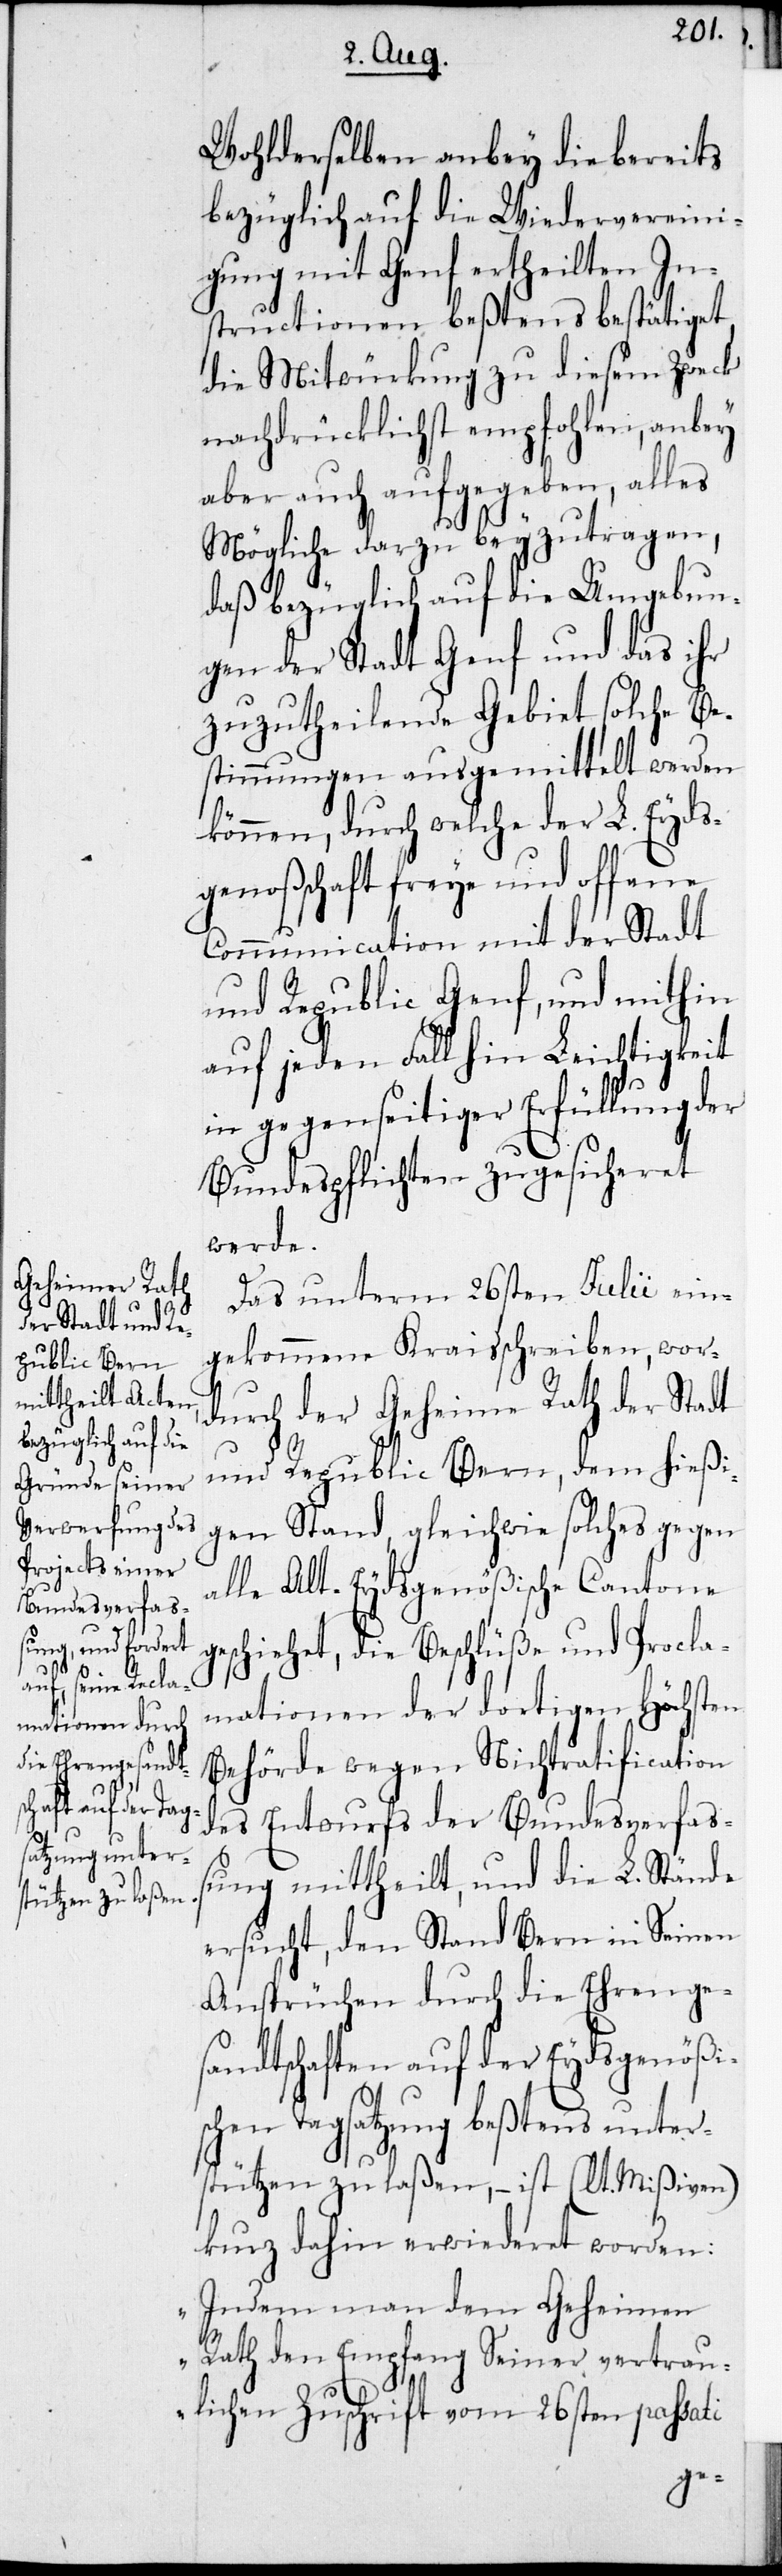
Wohlderselben anbey die bereits
bezüglich auf die Wiedervereini¬
gung mit Genf ertheilten In¬
structionen beßtens bestätiget,
die Mitwürkung zu diesem Zweck
nachdrücklichst empfohlen, anbey
aber auch aufgegeben, alles
Mögliche darzu beyzutragen,
daß bezüglich auf die Umgebun¬
gen der Stadt Genf und das ihr
zuzutheilende Gebiet solche Be¬
stimmungen ausgemittelt werden
können, durch welche der L. Eyds¬
genoßchaft freye und offene
Communication mit der Stadt
und Republic Genf, und mithin
auf jeden Fall hin Leichtigkeit
in gegenseitiger Erfüllung der
Bundespflichten zugesicheret
werde.
Das unterm 26sten Julii ein¬
gekommene Kraisschreiben, wor¬
durch der Geheime Rath der Stadt
und Republic Bern, dem hießi¬
gen Stand, gleichwie solches gegen
alle Alt-Eydsgenößische Cantone
geschiehet, die Beschlüße und Procla¬
mationen der dortigen Höchsten
Behörde wegen Nichtratification
des Entwurfs der Bundesverfaß¬
ung mittheilt, und die L. Stände
ersucht, den Stand Bern in Seinen
Ansprüchen durch die Ehrenge¬
sandtschaften auf der Eydsgenößi¬
schen Tagsatzung beßtens unter¬
stützen zu laßen, – ist (lt. Mißiven)
kurz dahin erwiederet worden:
„Indem man dem Geheimen
Rath den Empfang Seiner vertrau¬
lichen Zuschrift vom 26sten passati